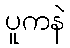
ပူကနဲ